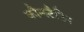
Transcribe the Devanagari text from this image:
कौन्स्टैटिन